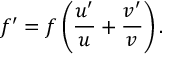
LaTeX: f ^ { \prime } = f \left( { \frac { u ^ { \prime } } { u } } + { \frac { v ^ { \prime } } { v } } \right) .